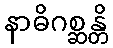
နာဓိဂစ္ဆန္တိ